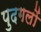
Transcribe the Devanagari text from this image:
पुदगलों